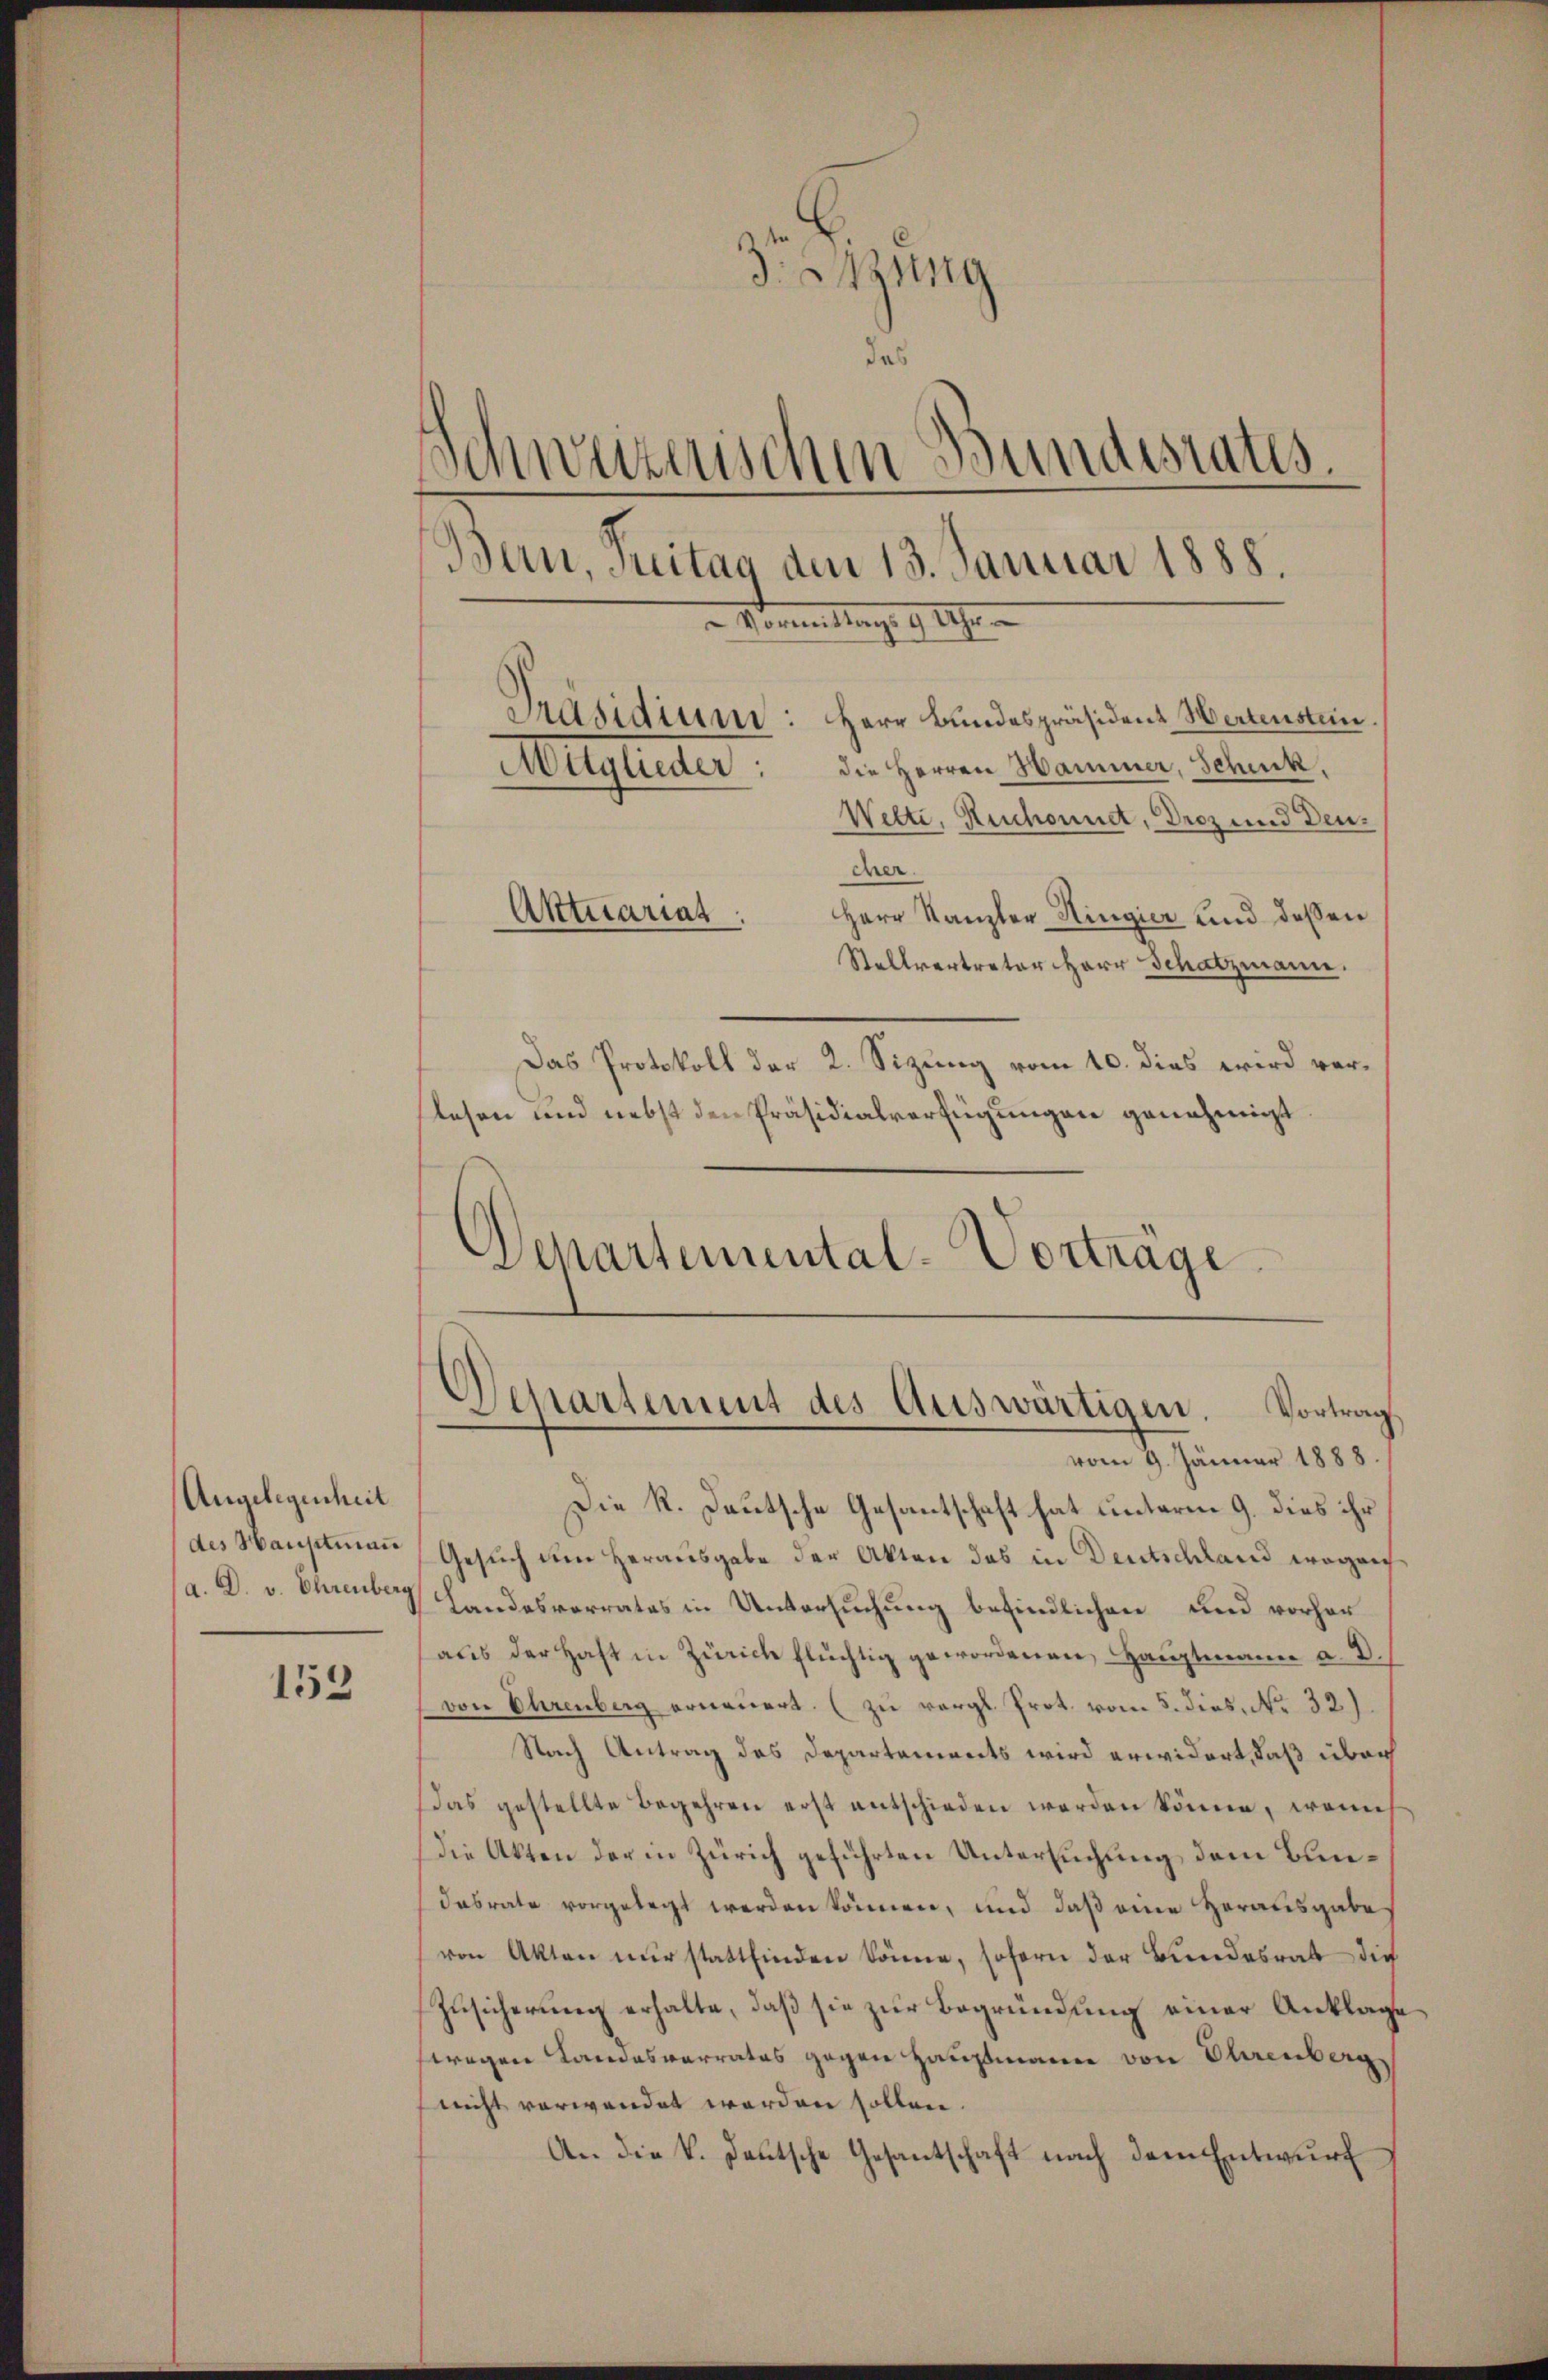
Angelegenheit
des Hauptmann
a. D. v. Ehrenberg

153

dzung
das
Schweizerischen Bundesrates.
Bau, Freitag den 13. Januar 1888.
 Sonntags 9 Uhr.
Präsidium: Herr Bundespräsident Wertensten
die Herren Hammer, Schick,
Mitglieder:
Welti, Ruchound, Droz und Deu¬

cer.
Herr Kanzler Hingier und dessen
Stellvertreter Herr Schatzmann.
Das Protokoll der 2. Sizung vom 10. dies wird verlesen und nebst den Präsidialverfügungen genehmigt

Aktuariat

Departemental-Vorträge.

Departement des Auswärtigen. Vortrag
vom 9. Jänner 1888.

Die R. Deutsche Gesantschaft hat unterm 9. dies ihr
Gesuch um Herausgabe der Akten das in Deutschland wegenh
Landesvorrates in Untersuchung befindlichen und vorher
aus der Haft in Zürich flüchtig gewordenen Hauptmann a. d.
von Ehrenberg erneuert. (zu vergl. Prot. vom 5. dies. No 32).
Nach Antrag des Departements wird erwidert, daß übrig
as gestellte Begehren erst entschieden werden könne, wenn
Die Akten der in Zürich geführten Untersuchung dem Bundasrate vorgelegt werden können, und daß eine Herausgabe
von Akten mir stattfinden könne, soforn der Bundesrat die
Zusicherung erhalte, daß sie zur Begründung einer Anklage
fwegen Landesvorrates gegen Hauptmann von Ohrenberg
nicht verwendet werden sollen.
An die V. Deutsche Gesantschaft nach dem Entwurf